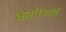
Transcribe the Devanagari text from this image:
केसीआई